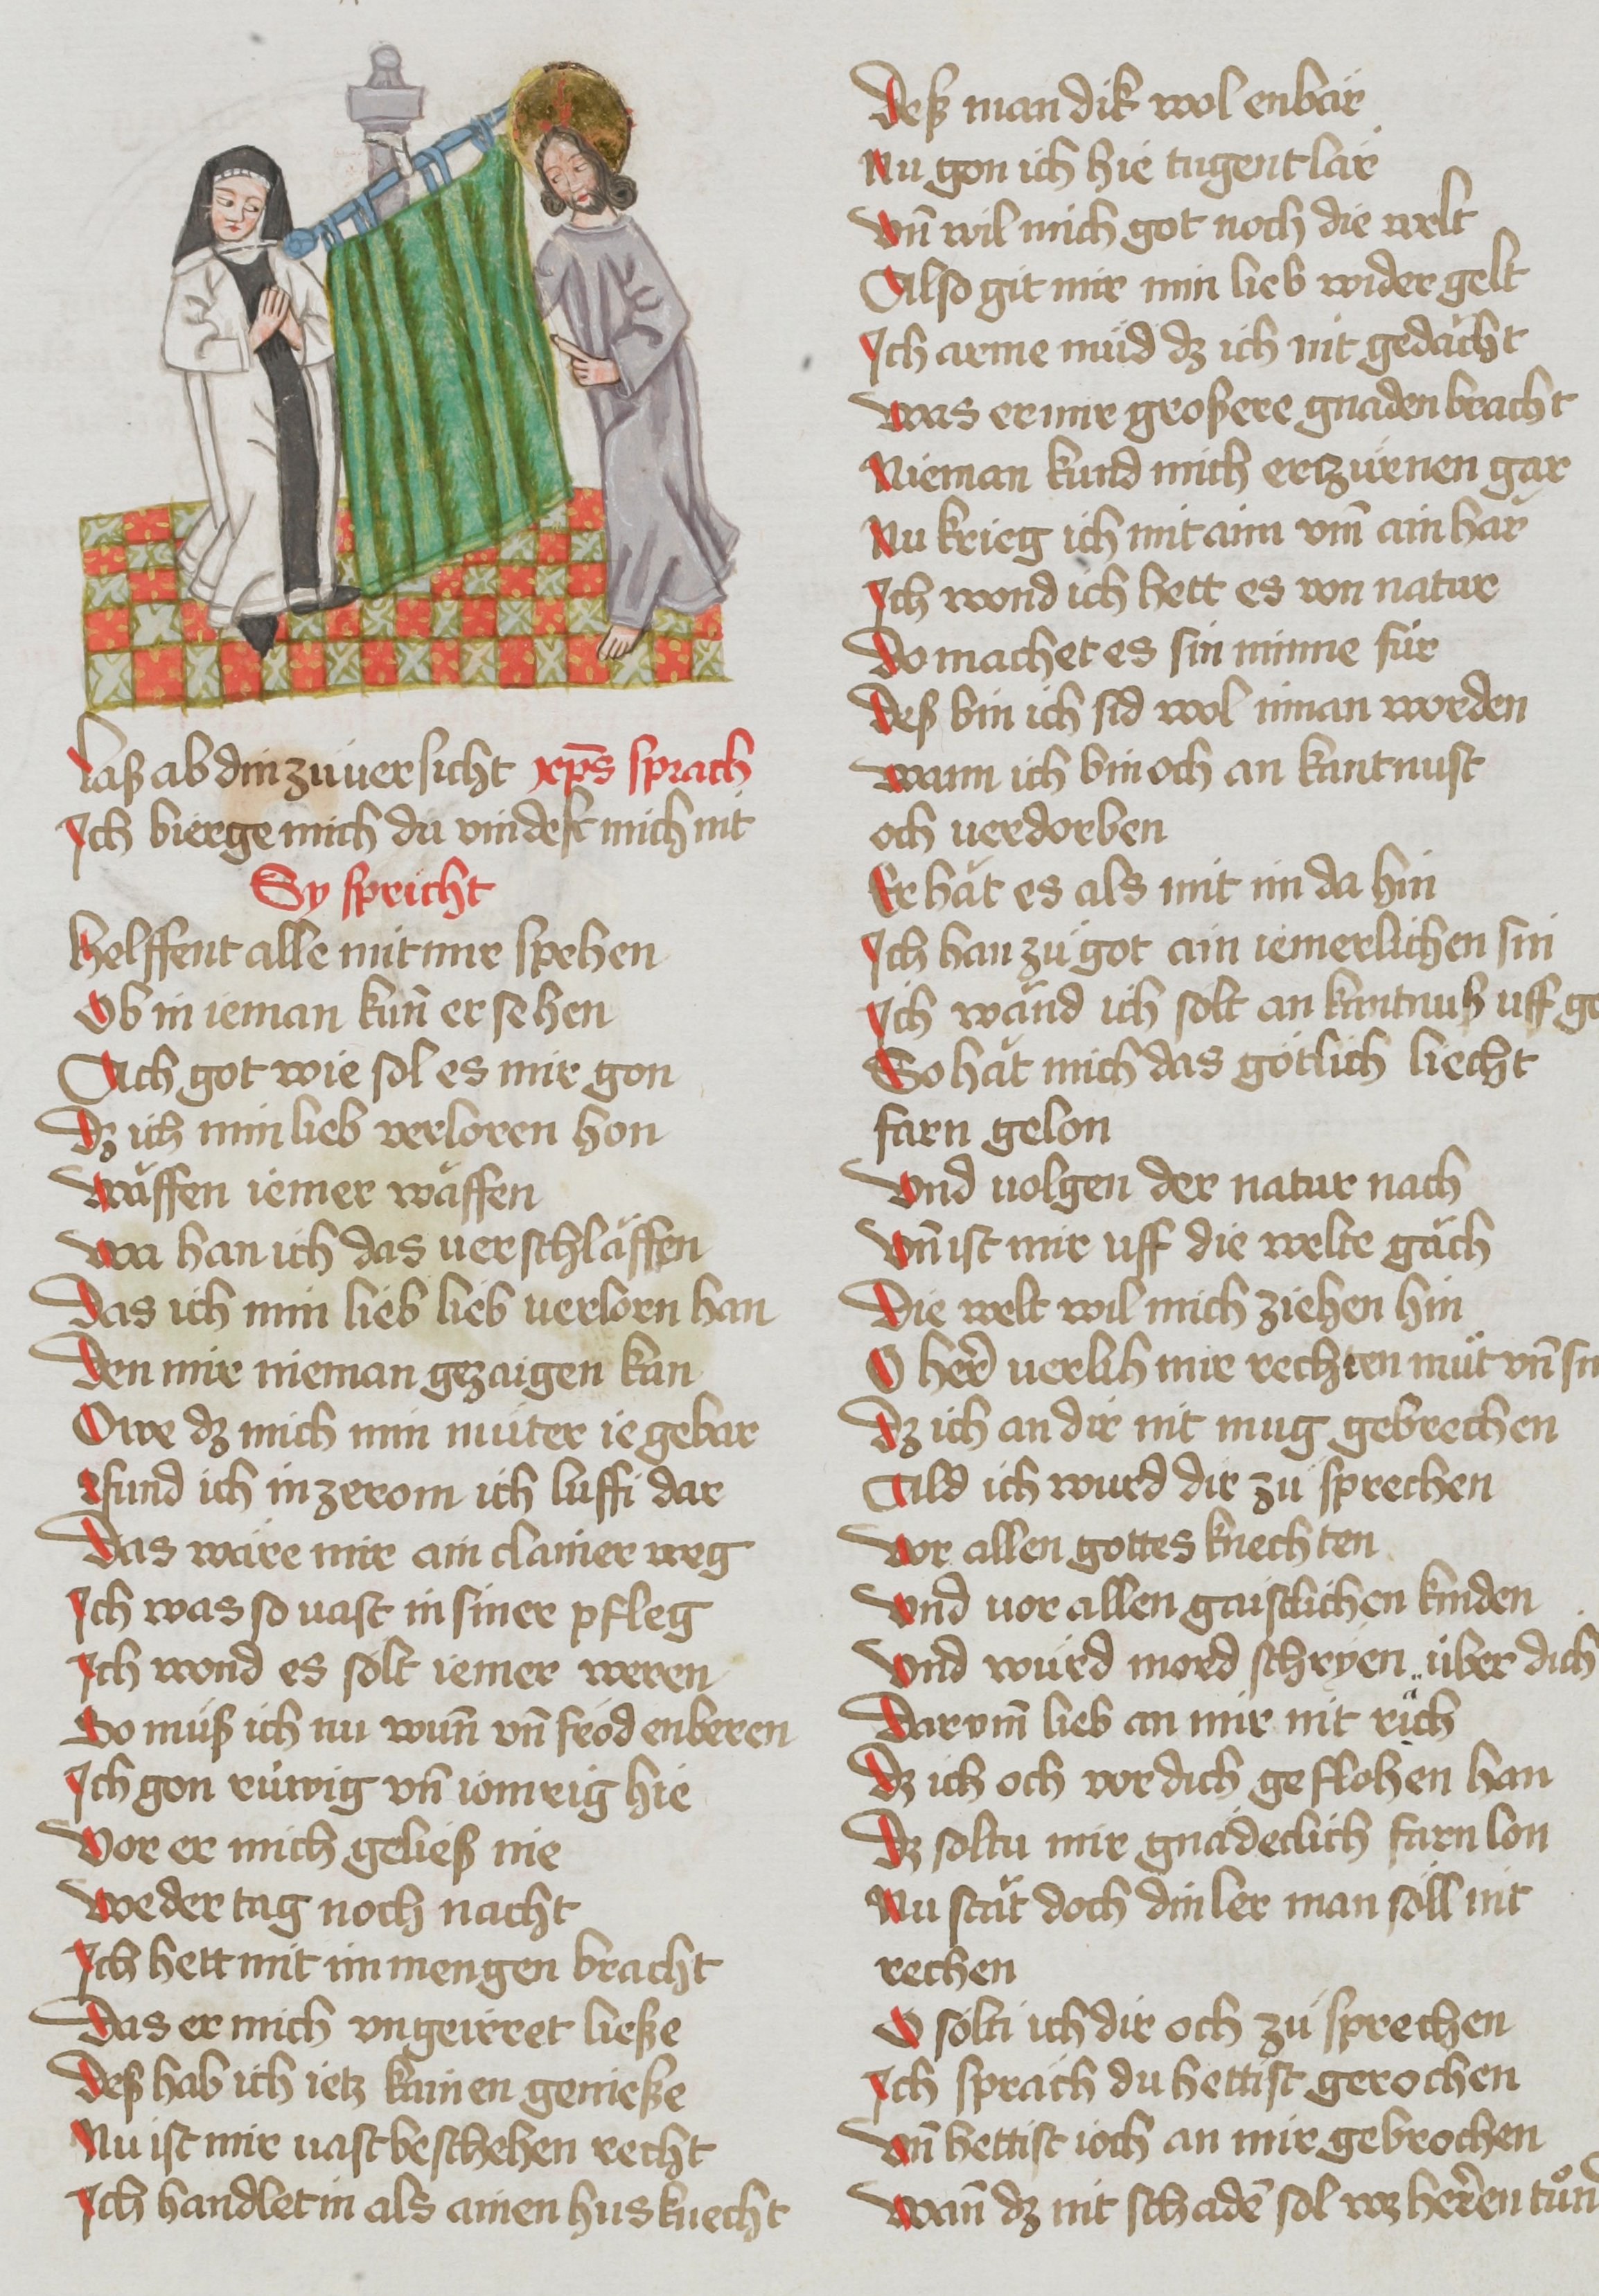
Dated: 1485–1495